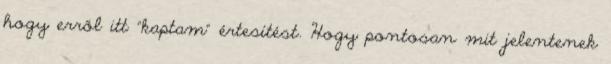
hogy erről itt "kaptam" értesítést. Hogy pontosan mit jelentenek